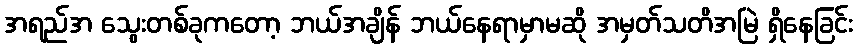
အရည်အ သွေးတစ်ခုကတော့ ဘယ်အချိန် ဘယ်နေရာမှာမဆို အမှတ်သတိအမြဲ ရှိနေခြင်း